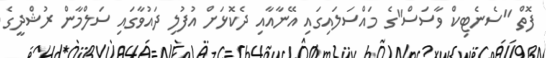
ފޮތް "ސެނެޓިކް ވާސަސް"ގެ މައްސަލައިގައި އޭނާއާއި ދެކޮޅަށް އުފުލި ދައުވާގައި ސަލްމާން ރުޝްދީގެ